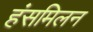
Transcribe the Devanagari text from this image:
हंसमिलन